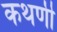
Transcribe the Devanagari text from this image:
कथणी